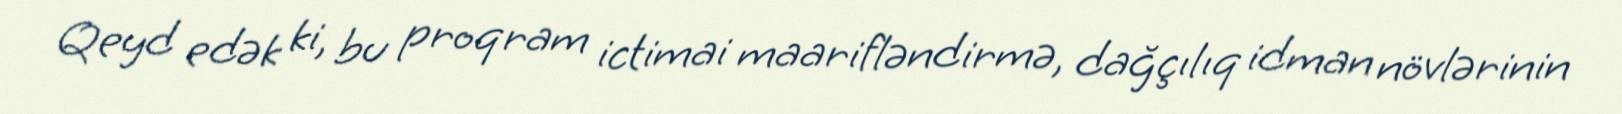
Qeyd edək ki, bu proqram ictimai maarifləndirmə, dağçılıq idman növlərinin